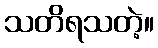
သတိရသတဲ့။